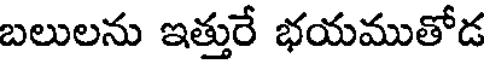
బలులను ఇత్తురే భయముతోడ